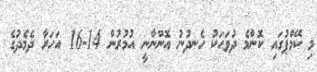
މި ކޭމްޕުގައި ކޮންމެ ދުވަހަކު ހެނދުނު އޮންނާނީ އުމުރުން 14-16 އަހަރާ ދެމެދުގެ